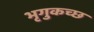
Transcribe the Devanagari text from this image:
भृगुकच्छ